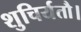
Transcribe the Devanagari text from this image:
शुचिर्यतौ।